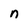
Character: n